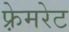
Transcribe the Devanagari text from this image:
फ़्रेमरेट